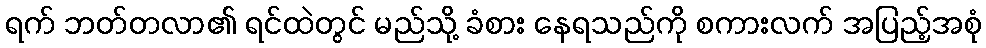
ရက် ဘတ်တလာ၏ ရင်ထဲတွင် မည်သို့ ခံစား နေရသည်ကို စကားလက် အပြည့်အစုံ